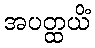
အပတ္ထယိံ